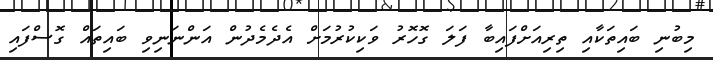
މިބުނި ބައިތަކާއި ތިރިއަށްފައިބާ ފަލަ ގޮހޮރު ވަކިކުރުމަށް އެދެމެދުން އަންނަނިވި ބައިތައް ގޮސްފައި